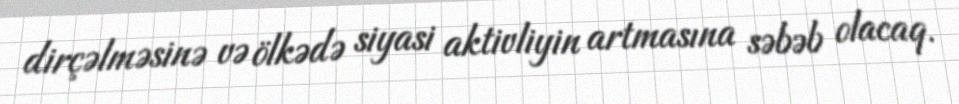
dirçəlməsinə və ölkədə siyasi aktivliyin artmasına səbəb olacaq.